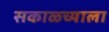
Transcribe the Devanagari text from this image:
सकाळ्च्याला